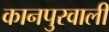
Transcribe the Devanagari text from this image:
कानपुरवाली